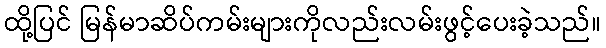
ထို့ပြင် မြန်မာဆိပ်ကမ်းများကိုလည်းလမ်းဖွင့်ပေးခဲ့သည်။